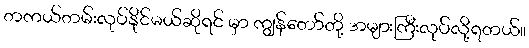
တကယ်တမ်းလုပ်နိုင်မယ်ဆိုရင် မှာ ကျွန်တော်တို့ အများကြီးလုပ်လို့ရတယ်။